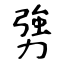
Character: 勥